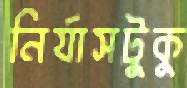
নির্যাসটুকু